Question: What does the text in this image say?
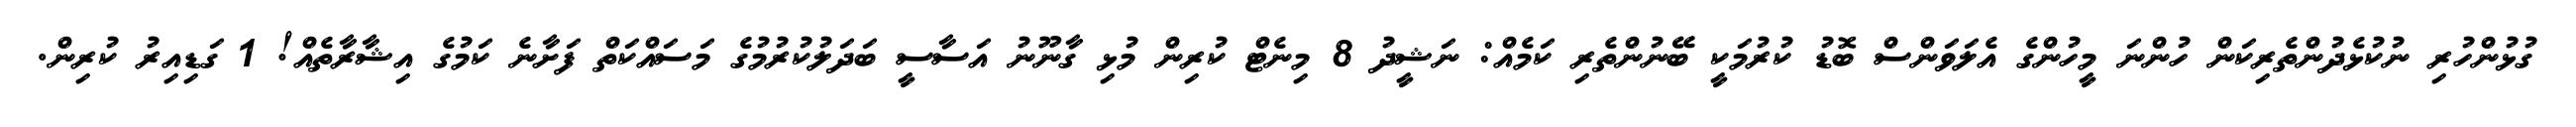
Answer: ގުޅުންހުރި ނުކުޅެދުންތެރިކަން ހުންނަ މީހުންގެ އެލަވަންސް ބޮޑު ކުރުމަކީ ބޭނުންތެރި ކަމެއް: ނަޝީދު 8 މިނެޓް ކުރިން މުޅި ގާނޫނު އަސާސީ ބަދަލުކުރުމުގެ މަސައްކަތް ފަށާނެ ކަމުގެ އިޝާރާތެއް! 1 ގަޑިއިރު ކުރިން.